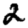
Digit: 2